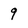
Character: 9